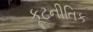
કૂટનીતિક